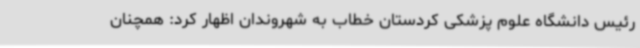
رئیس دانشگاه علوم پزشکی کردستان خطاب به شهروندان اظهار کرد: همچنان